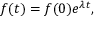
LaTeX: f ( t ) = f ( 0 ) e ^ { \lambda t } ,